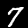
Label: 7